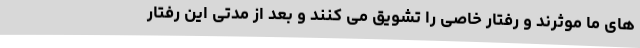
های ما موثرند و رفتار خاصی را تشویق می کنند و بعد از مدتی این رفتار